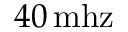
4 0 \, \mathrm { m h z }